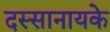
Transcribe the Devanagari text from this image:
दस्सानायके